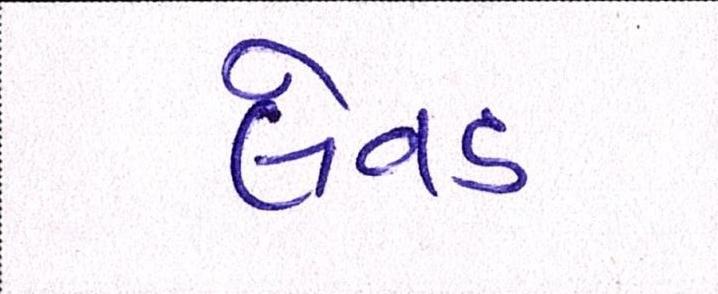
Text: લેવડ